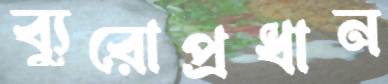
ব্যুরোপ্রধান